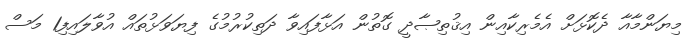
މިޔަންމާއާ ދެކޮޅަށް އެމެރިކާއިން އިޤުތިޞާދީ ގޮތުން އަޅާފައިވާ ދަތިކުރުމުގެ ފިޔަވަޅުތައް އުވާލައިފި1 މަސް